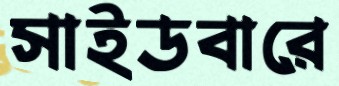
সাইডবারে